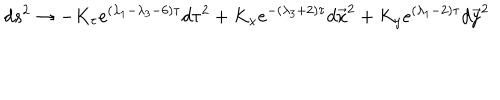
d s ^ { 2 } \rightarrow - K _ { \tau } e ^ { ( \lambda _ { 1 } - \lambda _ { 3 } - 6 ) \tau } d \tau ^ { 2 } + K _ { x } e ^ { - ( \lambda _ { 3 } + 2 ) \tau } d \vec { x } ^ { 2 } + K _ { y } e ^ { ( \lambda _ { 1 } - 2 ) \tau } d \vec { y } ^ { 2 }